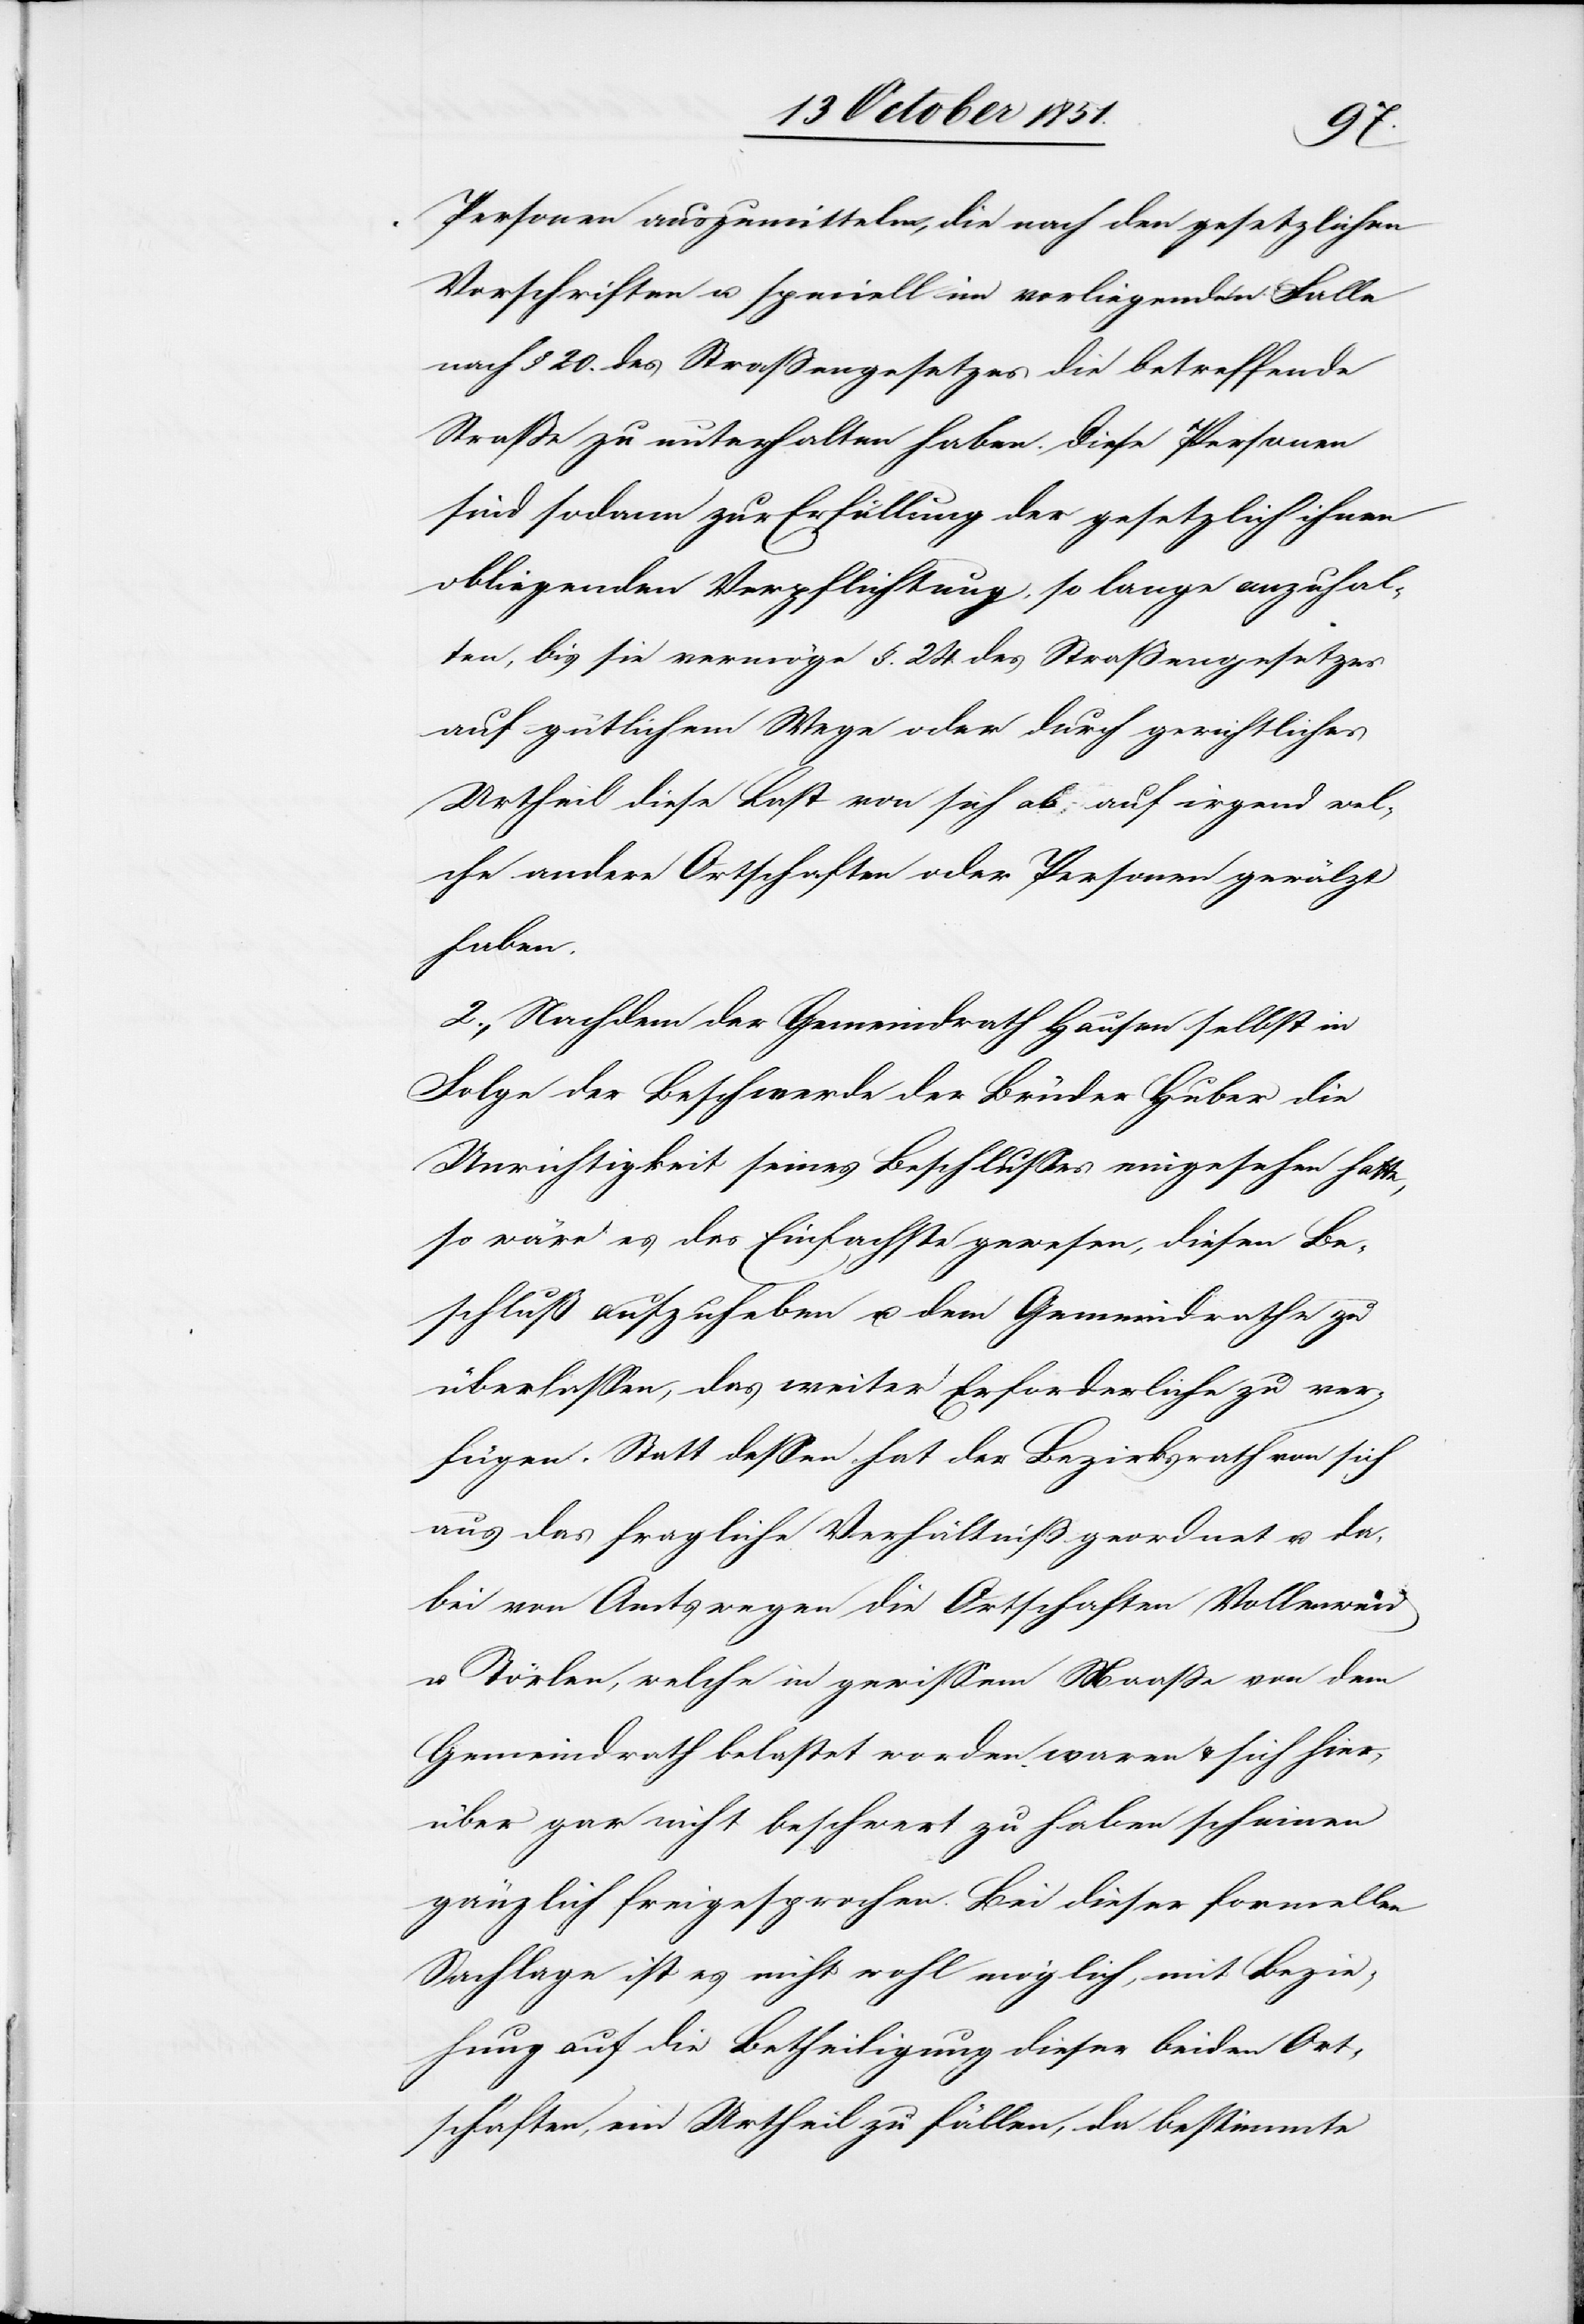
Personen auszumitteln, die nach den gesetzlichen
Vorschriften u. speciell im vorliegenden Falle
nach § 20. des Straßengesetzes die betreffende
Straße zu unterhalten haben. Diese Personen
sind sodann zur Erfüllung der gesetzlich ihnen
obliegenden Verpflichtung, so lange anzuhal¬
ten, bis sie vermöge §. 24 des Straßengesetzes
auf gütlichem Wege oder durch gerichtliches
Urtheil diese Last von sich ab auf irgend wel¬
che andere Ortschaften oder Personen gewälzt
haben.
2., Nachdem der Gemeindrath Hausen selbst in
Folge der Beschwerde der Brüder Huber die
Unrichtigkeit seines Beschlusses eingesehen hatte,
so wäre es das Einfachste gewesen, diesen Be¬
schluß aufzuheben u. dem Gemeindrathe zu
überlassen, das weiter Erforderliche zu ver¬
fügen. Statt dessen hat der Bezirksrath von sich
aus das fragliche Verhältniß geordnet u. da¬
bei von Amtswegen die Ortschaften Vollenweid
u. Törlen, welche in gewissem Maaße von dem
Gemeindrath belastet worden waren & sich hier¬
über gar nicht beschwert zu haben scheinen
gänzlich freigesprochen. Bei dieser formellen
Sachlage ist es nicht wohl möglich, mit Bezie¬
hung auf die Betheiligung dieser beiden Ort¬
schaften, ein Urtheil zu fällen, da bestimmte